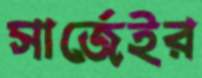
সার্জেইর